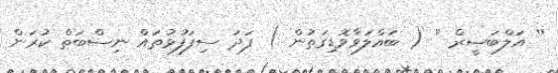
'' އަލްބަޞީރް '' ( ބައްލަވާވޮޑިގަތުން ) ފަދަ ސިފަފުޅުތައް ނިސްބަތް ކުރަން